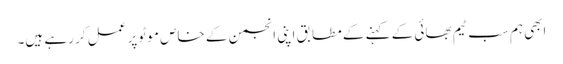
ابھی ہم سب ٹیم بھائی کے کہنے کے مطابق اپنی انجمن کے خاص موٹو پر عمل کر رہے ہیں۔